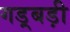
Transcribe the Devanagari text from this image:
गड़्बड़ी